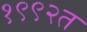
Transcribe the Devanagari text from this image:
१९९२त